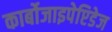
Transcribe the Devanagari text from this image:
कार्बोजाइपेप्टिडेज